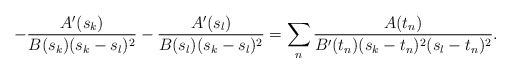
\begin{align*}-\frac{A'(s_k)}{B(s_k)(s_k-s_l)^2}-\frac{A'(s_l)}{B(s_l)(s_k-s_l)^2}=\sum_n\frac{A(t_n)}{B'(t_n)(s_k-t_n)^2(s_l-t_n)^2}.\end{align*}